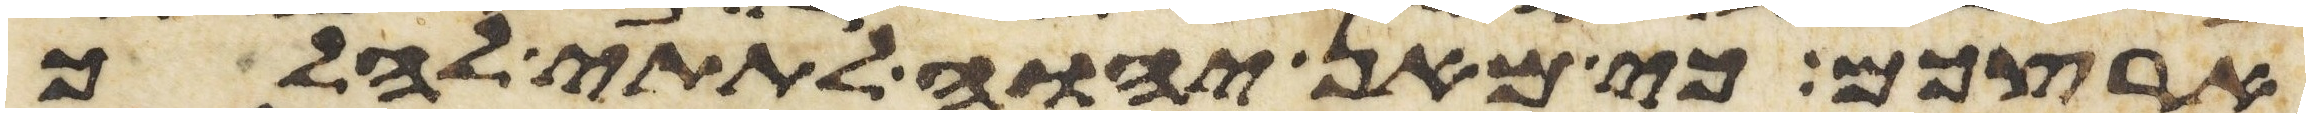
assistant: ארצכם כי מאן יהוה לתתי להלך